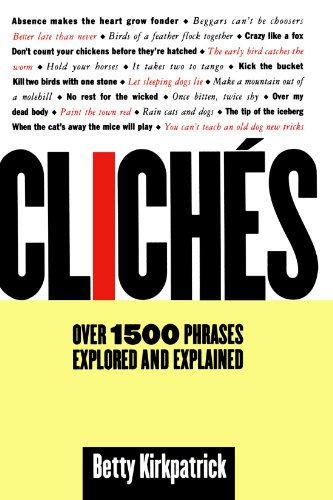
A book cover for Cliches: Over 1500 Phrases Explored and Explained; Betty Kirkpatrick; Reference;